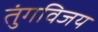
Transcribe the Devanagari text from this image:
तुंगविजय